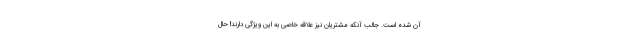
آن شده است. جالب آنکه مشتریان نیز علاقه خاصی به این ویژگی دارند! حال